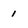
Character: 1